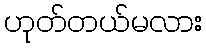
ဟုတ်တယ်မလား